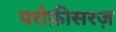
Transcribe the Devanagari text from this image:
परोफ़ीसरज़